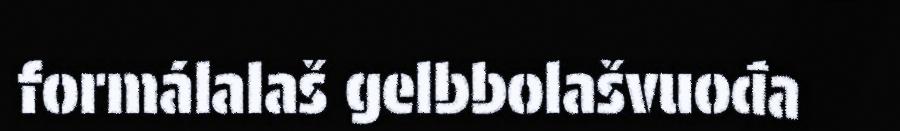
formálalaš gelbbolašvuođa